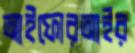
আইফোরআইর